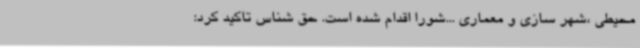
محیطی ،شهر سازی و معماری ...شورا اقدام شده است. حق شناس تاکید کرد: